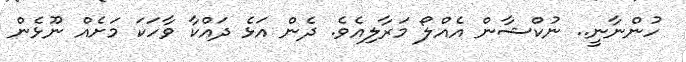
ހުންނާނީ.. ނުކްޝާން އެއްލޯ މަރާލިއެވެ. ދެން އަޅެ ދައްކާ ވާހަކަ މަށެއް ނޫޅެން